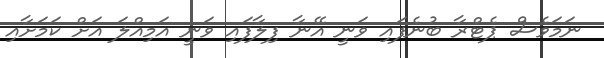
ނަމަވެސް ޕެޓްރާ ބުނެފައި ވަނީ އޭނާ ފިލާފައި ވަނީ އަމިއްލަ އަށް ކަމަށާއި